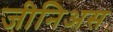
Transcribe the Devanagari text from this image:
जीनिअस